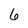
Character: 6